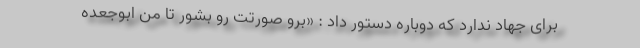
برای جهاد ندارد که دوباره دستور داد : «برو صورتت رو بشور تا من ابوجعده